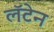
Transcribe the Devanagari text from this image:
लॅटेन